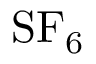
{ \mathrm { S F } } _ { 6 }